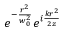
e ^ { - \frac { r ^ { 2 } } { w _ { 0 } ^ { 2 } } } e ^ { i \frac { k r ^ { 2 } } { 2 z } }